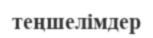
теңшелімдер